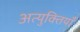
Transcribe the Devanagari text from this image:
अत्युक्तियाँ